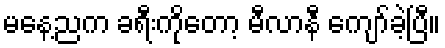
မနေ့ညက ခရီးကိုတော့ မီလာနီ ကျော်ခဲ့ပြီ။